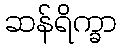
ဆန်ရိက္ခာ